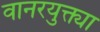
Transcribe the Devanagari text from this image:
वानरयुक्त्या